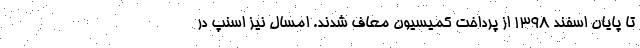
تا پایان اسفند ۱۳۹۸ از پرداخت کمیسیون معاف شدند. امسال نیز اسنپ در